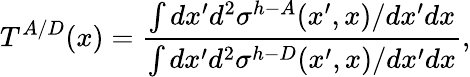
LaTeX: T^{A/D}(x)=\frac{\int dx^{\prime}d^{2}\sigma^{h-A}(x^{\prime},x)/dx^{\prime}dx}{\int dx^{\prime}d^{2}\sigma^{h-D}(x^{\prime},x)/dx^{\prime}dx},